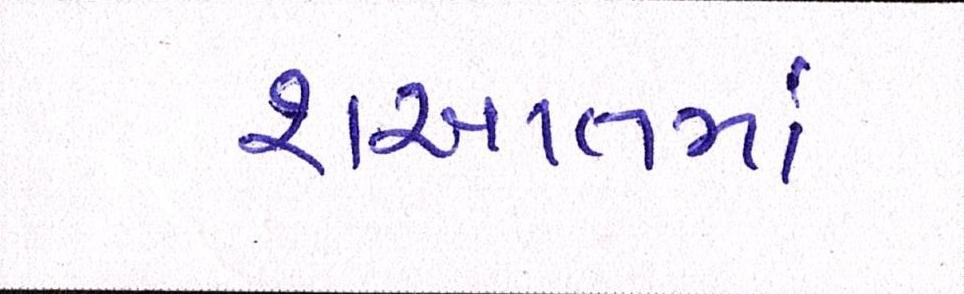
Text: શઆતમાં